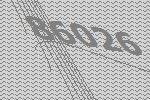
86026